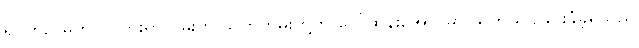
ရပ်တည်မှုက ငါသွားရာလမ်းကို သက်တမ်းတို့ကို ပေါ်ထွန်းအောင်မှာ သုတ်သင်ခြင်းခံခဲ့ရသည်